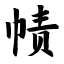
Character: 帻